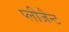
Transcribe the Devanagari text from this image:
प्लीजैन्ट